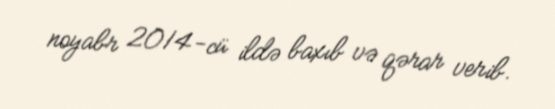
noyabr 2014-cü ildə baxıb və qərar verib.